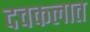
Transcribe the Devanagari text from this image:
दचकलात